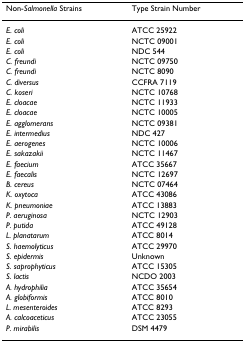
<table><thead><tr><td><b>Non-<i>Salmonella </i>Strains</b></td><td><b>Type Strain Number</b></td></tr></thead><tbody><tr><td><i>E. coli</i></td><td>ATCC 25922</td></tr><tr><td><i>E. coli</i></td><td>NCTC 09001</td></tr><tr><td><i>E. coli</i></td><td>NDC 544</td></tr><tr><td><i>C. freundi</i></td><td>NCTC 09750</td></tr><tr><td><i>C. freundi</i></td><td>NCTC 8090</td></tr><tr><td><i>C. diversus</i></td><td>CCFRA 7119</td></tr><tr><td><i>C. koseri</i></td><td>NCTC 10768</td></tr><tr><td><i>E. cloacae</i></td><td>NCTC 11933</td></tr><tr><td><i>E. cloacae</i></td><td>NCTC 10005</td></tr><tr><td><i>E. agglomerans</i></td><td>NCTC 09381</td></tr><tr><td><i>E. intermedius</i></td><td>NDC 427</td></tr><tr><td><i>E. aerogenes</i></td><td>NCTC 10006</td></tr><tr><td><i>E. sakazakii</i></td><td>NCTC 11467</td></tr><tr><td><i>E. faecium</i></td><td>ATCC 35667</td></tr><tr><td><i>E. faecalis</i></td><td>NCTC 12697</td></tr><tr><td><i>B. cereus</i></td><td>NCTC 07464</td></tr><tr><td><i>K. oxytoca</i></td><td>ATCC 43086</td></tr><tr><td><i>K. pneumoniae</i></td><td>ATCC 13883</td></tr><tr><td><i>P. aeruginosa</i></td><td>NCTC 12903</td></tr><tr><td><i>P. putida</i></td><td>ATCC 49128</td></tr><tr><td><i>L. planatarum</i></td><td>ATCC 8014</td></tr><tr><td><i>S. haemolyticus</i></td><td>ATCC 29970</td></tr><tr><td><i>S. epidermis</i></td><td>Unknown</td></tr><tr><td><i>S. saprophyticus</i></td><td>ATCC 15305</td></tr><tr><td><i>S. lactis</i></td><td>NCDO 2003</td></tr><tr><td><i>A. hydrophilia</i></td><td>ATCC 35654</td></tr><tr><td><i>A. globiformis</i></td><td>ATCC 8010</td></tr><tr><td><i>L. mesenteroides</i></td><td>ATCC 8293</td></tr><tr><td><i>A. calcoaceticus</i></td><td>ATCC 23055</td></tr><tr><td><i>P. mirabilis</i></td><td>DSM 4479</td></tr></tbody></table>